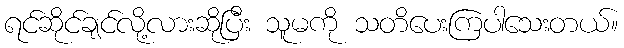
ရင်ဆိုင်ချင်လို့လားဆိုပြီး သူမကို သတိပေးကြပါသေးတယ်။